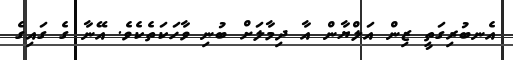
އެނބުރިގަތީ ޒިން އަލްޔާން އާ ދިމާލަށް ބުނި ވާހަކަތެކެވެ. އޭނާ ގެ ގައިގެ